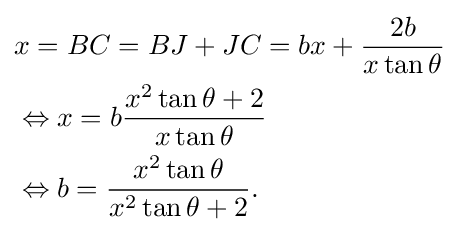
{\begin{aligned}&x=BC=BJ+JC=bx+{\frac {2b}{x\tan \theta }}\\&\Leftrightarrow x=b{\frac {x^{2}\tan \theta +2}{x\tan \theta }}\\&\Leftrightarrow b={\frac {x^{2}\tan \theta }{x^{2}\tan \theta +2}}.\end{aligned}}